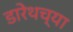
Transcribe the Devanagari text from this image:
डारेथच्या